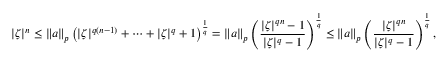
| \zeta | ^ { n } \leq \| a \| _ { p } \left( | \zeta | ^ { q ( n - 1 ) } + \cdots + | \zeta | ^ { q } + 1 \right) ^ { \frac { 1 } { q } } = \| a \| _ { p } \left( { \frac { | \zeta | ^ { q n } - 1 } { | \zeta | ^ { q } - 1 } } \right) ^ { \frac { 1 } { q } } \leq \| a \| _ { p } \left( { \frac { | \zeta | ^ { q n } } { | \zeta | ^ { q } - 1 } } \right) ^ { \frac { 1 } { q } } ,